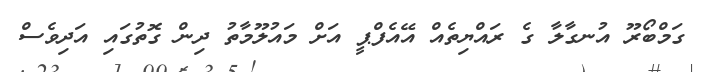
ގަމްބޯރޫ އުނގާލާ ގެ ރައްޔިތެއް އޭއެފްޕީ އަށް މައުލޫމާތު ދިން ގޮތުގައި އަދިވެސް